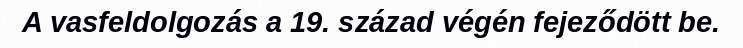
A vasfeldolgozás a 19. század végén fejeződött be.